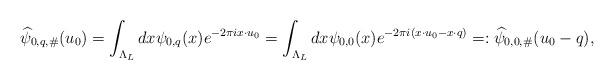
LaTeX: \begin{align*} \widehat{\psi}_{0,q,\#}(u_0) = \int_{\Lambda_L} dx \psi_{0,q}(x) e^{ - 2 \pi i x \cdot u_0} = \int_{\Lambda_L} dx \psi_{0,0}(x) e^{ - 2 \pi i ( x \cdot u_0 - x\cdot q) } =: \widehat{\psi}_{0,0,\#}(u_0-q) , \end{align*}